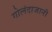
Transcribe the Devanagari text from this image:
गोलंदाजानी